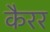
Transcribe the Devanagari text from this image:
कैरर